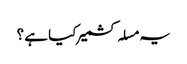
یہ مسلہ کشمیر کیا ہے ؟